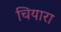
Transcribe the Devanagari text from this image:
चियारा